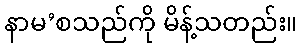
နာမ’စသည်ကို မိန့်သတည်း။